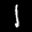
Label: 1